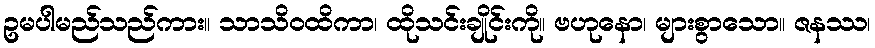
ဥမပါမည်သည်ကား။ သာသိဝထိကာ၊ ထိုသင်းချိုင်းကို။ ဗဟုနော၊ များစွာသော။ ဇနဿ၊